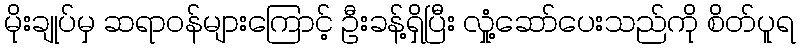
မိုးချုပ်မှ ဆရာဝန်များကြောင့် ဦးခန့်ရှိပြီး လှုံ့ဆော်ပေးသည်ကို စိတ်ပူရ